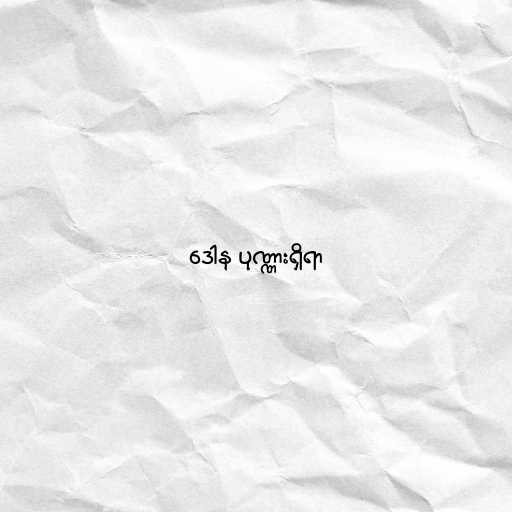
ဒေါန ပုဏ္ဏားရှိရာ